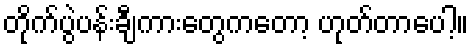
တိုက်ပွဲပန်းချီကားတွေကတော့ ဟုတ်တာပေါ့။